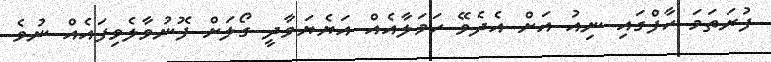
ފުރަތަމަ ހާފްގައި ނިއު އަށް އެދެވޭ ހަމަލާއެއް އަޔެޔަވާދީ ގޯލަށް ފޮނުވާލެވިފައެއް ނުވެ